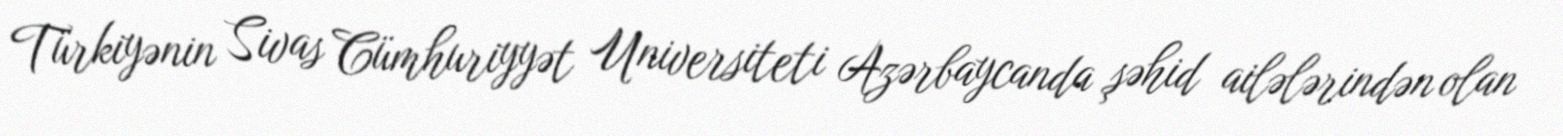
Türkiyənin Sivas Cümhuriyyət Universiteti Azərbaycanda şəhid ailələrindən olan